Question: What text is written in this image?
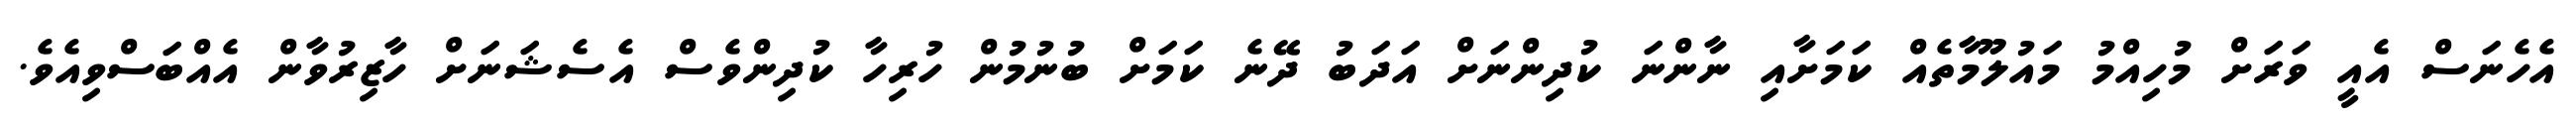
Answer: އެހެނަސް އެއީ ވަރަށް މުހިއްމު މައުލޫމާތެއް ކަމަށާއި ނާންނަ ކުދިންނަށް އަދަބު ދޭނެ ކަމަށް ބުނުމުން ހުރިހާ ކުދިންވެސް އެސެޝަނަށް ހާޒިރުވާން އެއްބަސްވިއެވެ.